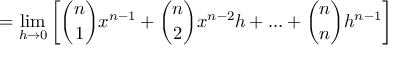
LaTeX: = \operatorname* { l i m } _ { h \to 0 } \left[ { \binom { n } { 1 } } x ^ { n - 1 } + { \binom { n } { 2 } } x ^ { n - 2 } h + . . . + { \binom { n } { n } } h ^ { n - 1 } \right]